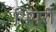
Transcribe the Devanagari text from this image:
थियेर्री